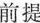
前提